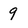
Character: 9